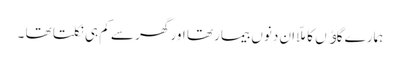
ہمارے گاﺅں کا ملّا ان دنوں بیمار تھا اور گھر سے کم ہی نکلتا تھا ۔